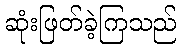
ဆုံးဖြတ်ခဲ့ကြသည်